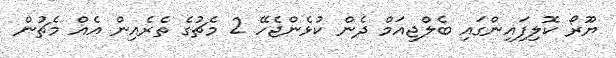
ޔޫރޯ ކޮލިފައިންގައި ބެލްޖިއަމް ދެން ކުޅެންޖެހޭ 2 މެޗުގެ ތެރެއިން އެއް މެޗުން